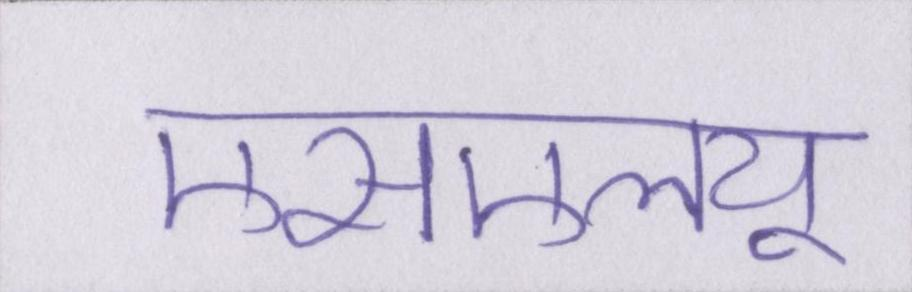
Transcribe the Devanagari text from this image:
एसएलयू